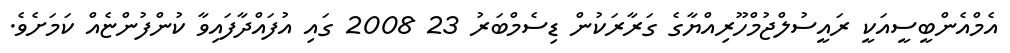
އެމްއެންބީސީއަކީ ރައީސުލްޖުމްހޫރިއްޔާގެ ގަރާރަކުން ޑިސެމްބަރު 23 2008 ގައި އުފައްދާފައިވާ ކުންފުންޏެއް ކަމަށެވެ.